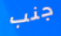
جنب